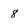
Character: 8